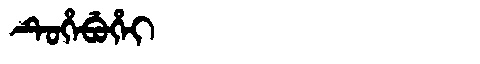
Manchu: ᡨᡠᡥᡝᠪᡠᡥᡝᡳ
Romanization: TUHEBUHEI